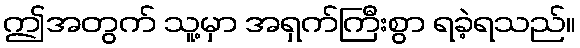
ဤအတွက် သူ့မှာ အရှက်ကြီးစွာ ရခဲ့ရသည်။